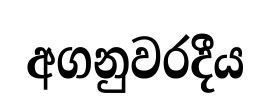
අගනුවරදීය